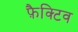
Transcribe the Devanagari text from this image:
फ़ैक्टिव